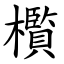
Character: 㰓